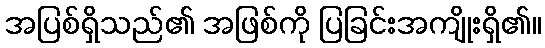
အပြစ်ရှိသည်၏ အဖြစ်ကို ပြခြင်းအကျိုးရှိ၏။